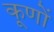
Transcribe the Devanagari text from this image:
कूणों